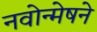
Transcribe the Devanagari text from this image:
नवोन्मेषने